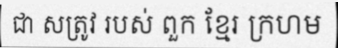
ជា សត្រូវ របស់ ពួក ខ្មែរ ក្រហម